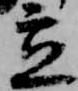
立